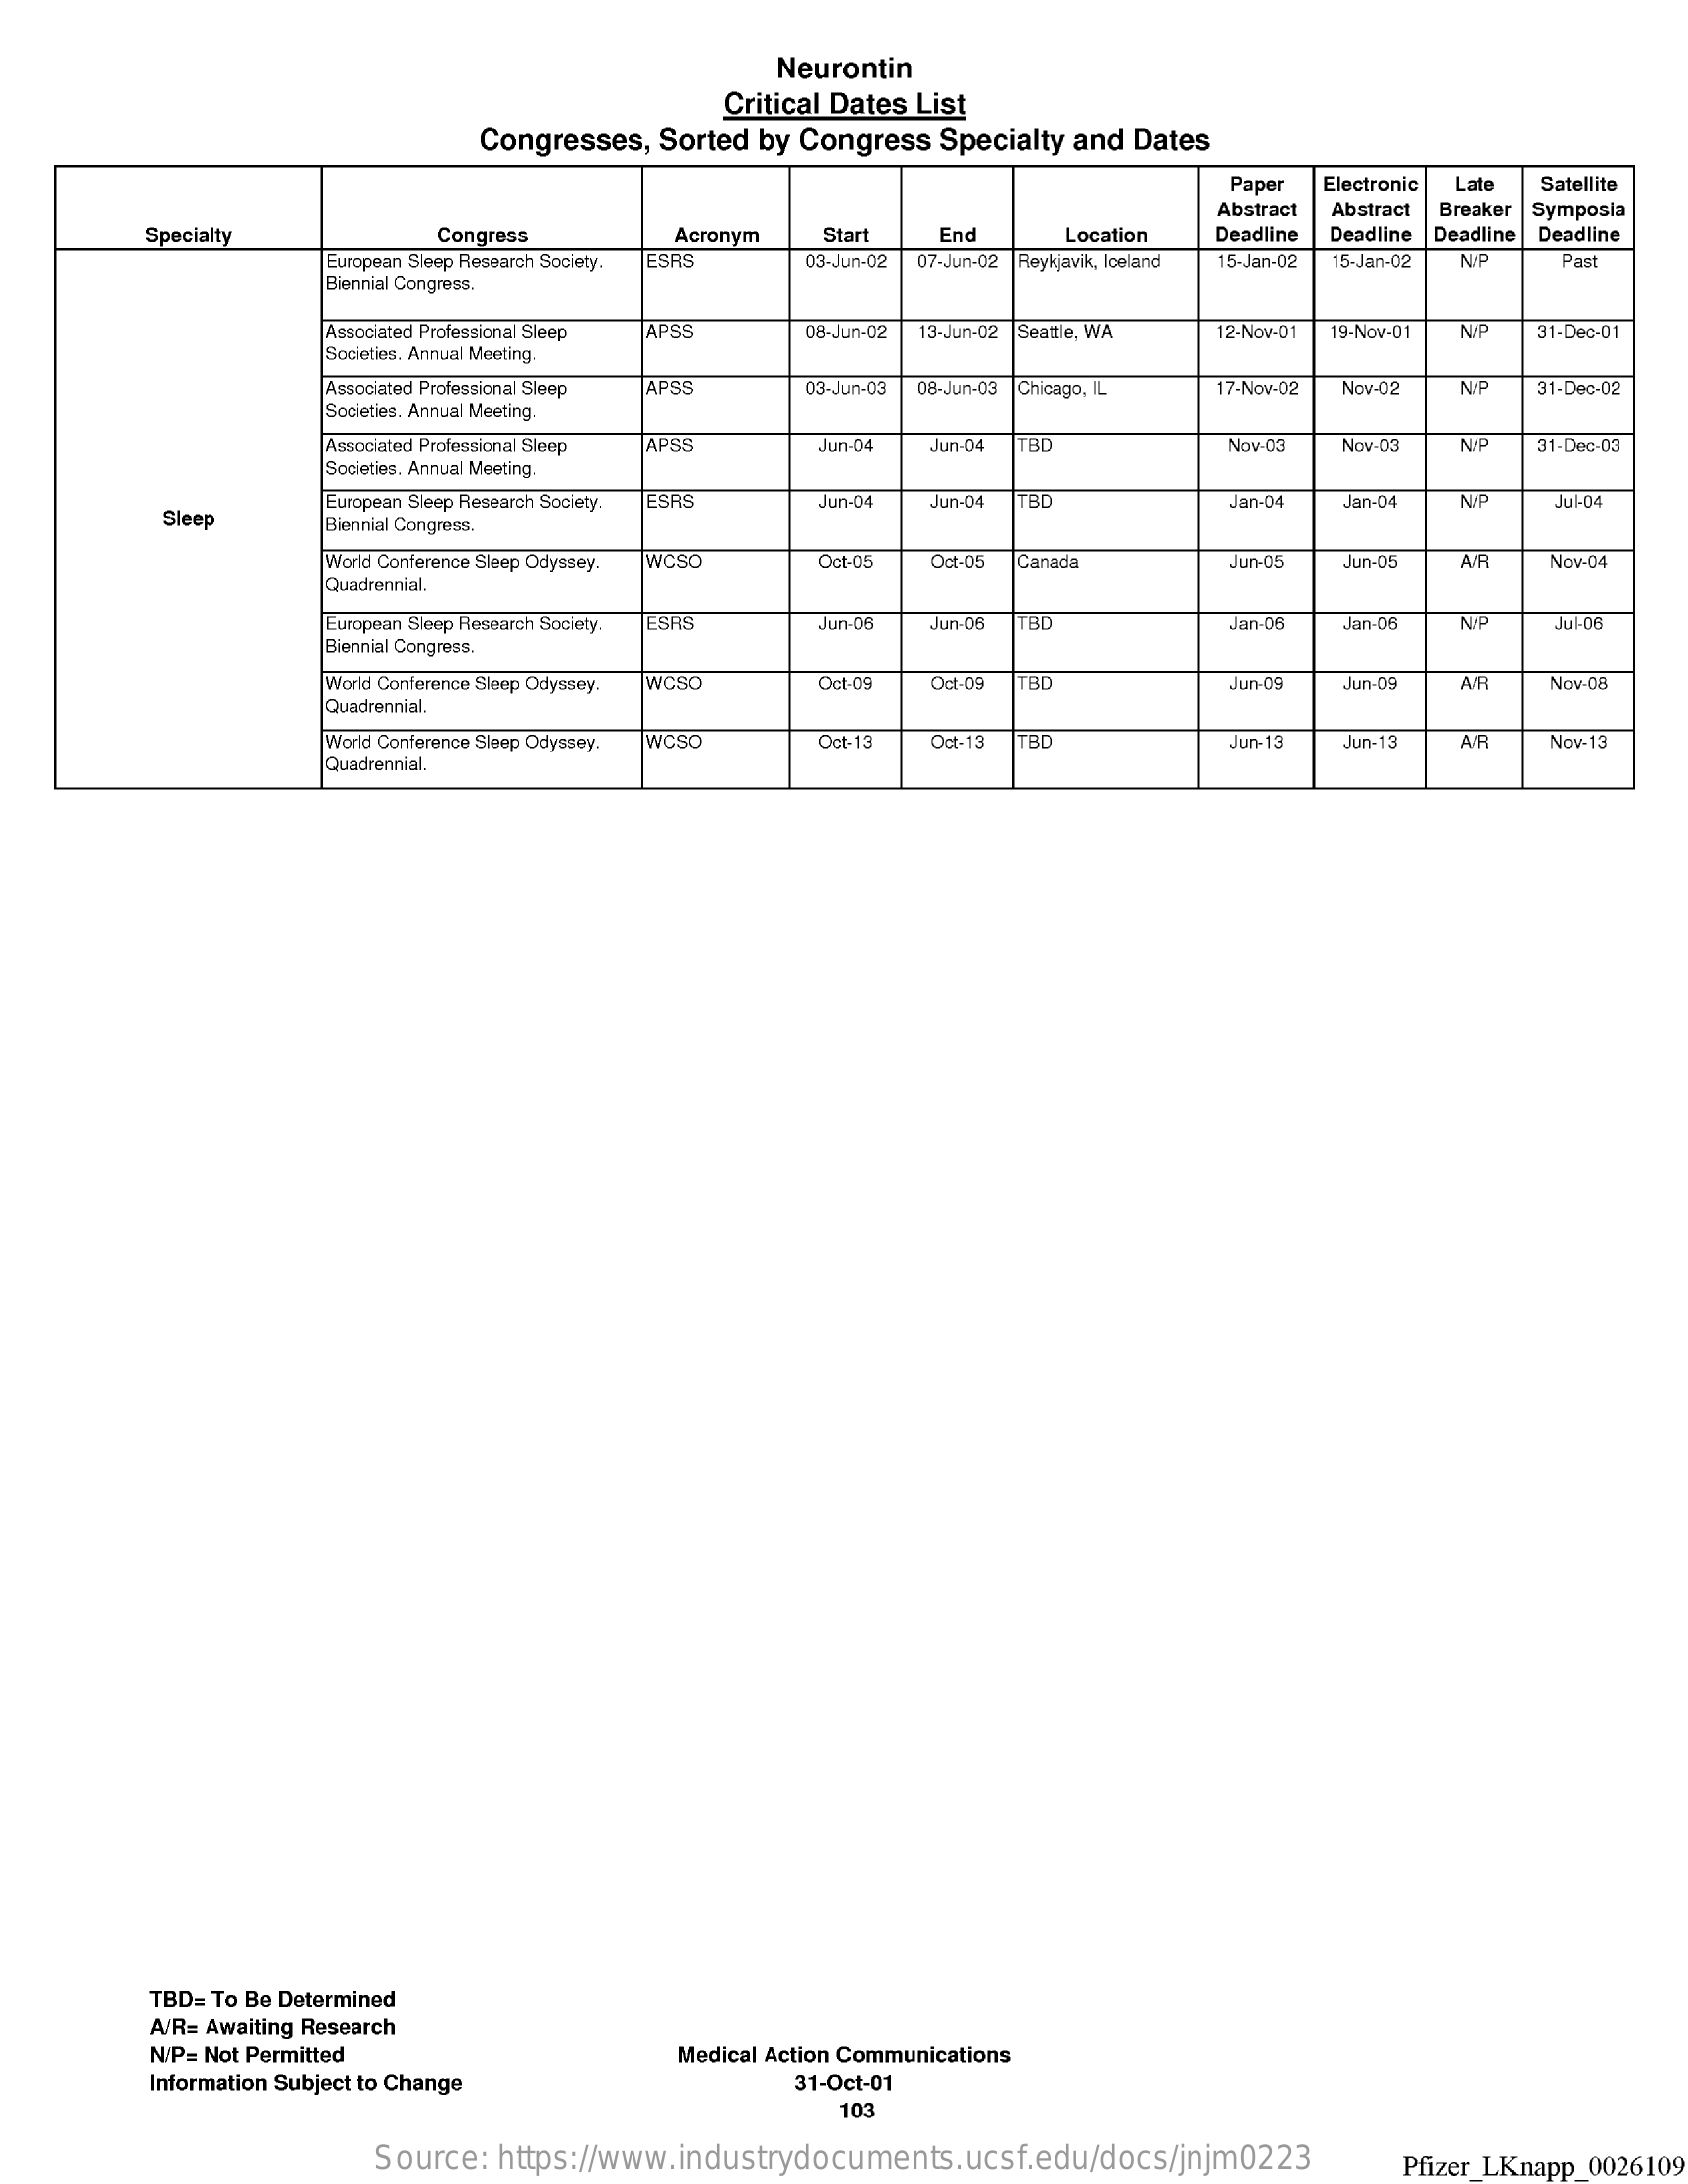
Neurontin
     Critical Dates List
     Congresses,  Sorted by Congress   Specialty and Dates
     Paper  Electronic Late Satellite
     Abstract Abstract Breaker Symposia
     Specialty    Congress    Acronym   Start    End    Location   Deadline Deadline Deadline Deadline
     European Sleep Research Society. ESRS 03-Jun-02 07-Jun-02 Reykjavik, Iceland 15-Jan-02 15-Jan-02 NIP Past
     Biennial Congress,
     Associated Professional Sleep JAPSS Da-Jun-02 13-Jun-02 |Seattle, WA    N/P
     Societies. Annual Meeting
     12-Nov-01 19.Nov.01    31-Dea.01
     Associated Professional Sleep APES
     Societies. Annual Meeting.
     03-Jun-03 08-Jun-03 Chicago, IL 17-Nov-02 Nov-02 NIP 31-Dec-02
     Associated Professional Sleep APSS  Jur-04  Jun-04 BC    Nov-03  Nov-03   NIP  31-Dec-03
     Societies. Annual Meeting.
     Sleep
     European Sleep Research Society. ESAS Jun-04 Jun-04 "BO
     Biennial Congress.
     Jan-04  Jan-D    NP    Jul-O
     World Conference Sleep Odyssey. WCSO Oct-05  Det-05 Canada
     Quadrennial
     Jun-05  Jun-05   A/R   Nov-04
     European Sleep Research Society. ESR! Jun-OB Jun-06
     Biennial Congress.
     Jan-05  Jan-D    NIP    ul-DB
     World Conference Sleep Odyssey. WCSO Oct Of Oct-09 TBD    Jun-09   WIR   Nav-08
     Quadrennial.
     World Conference Sleep Odyssey. WCSO Oct-13 Oct-13 BC
     Quadrennial.
     Jun-13  Jun-13   AIR   Nov-13
     TBD= To Be Determined
     A/R= Awaiting Research
     N/P= Not Permitted    Medical Action Communications
     Information Subject to Change    31-Oct-01
     103
     Source:  https://www.industrydocuments.ucsf.edu/docs/jnjm0223    Pfizer_LKnapp_0026109